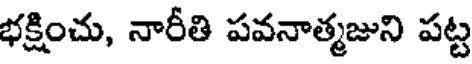
భక్షించు, నారీతి పవనాత్మజుని పట్ట